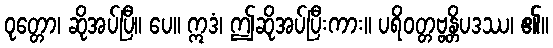
ဝုတ္တော၊ ဆိုအပ်ပြီ။ ပေ။ ဣဒံ၊ ဤဆိုအပ်ပြီးကား။ ပရိဝတ္တဗ္ဗန္တိပဒဿ၊ ၏။